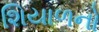
શિયાળનો